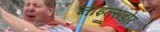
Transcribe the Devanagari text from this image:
नाइल्सबोर